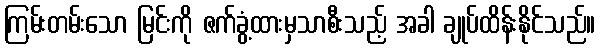
ကြမ်းတမ်းသော မြင်းကို ဇက်ခွံ့ထားမှသာစီးသည့် အခါ ချုပ်ထိန်းနိုင်သည်။